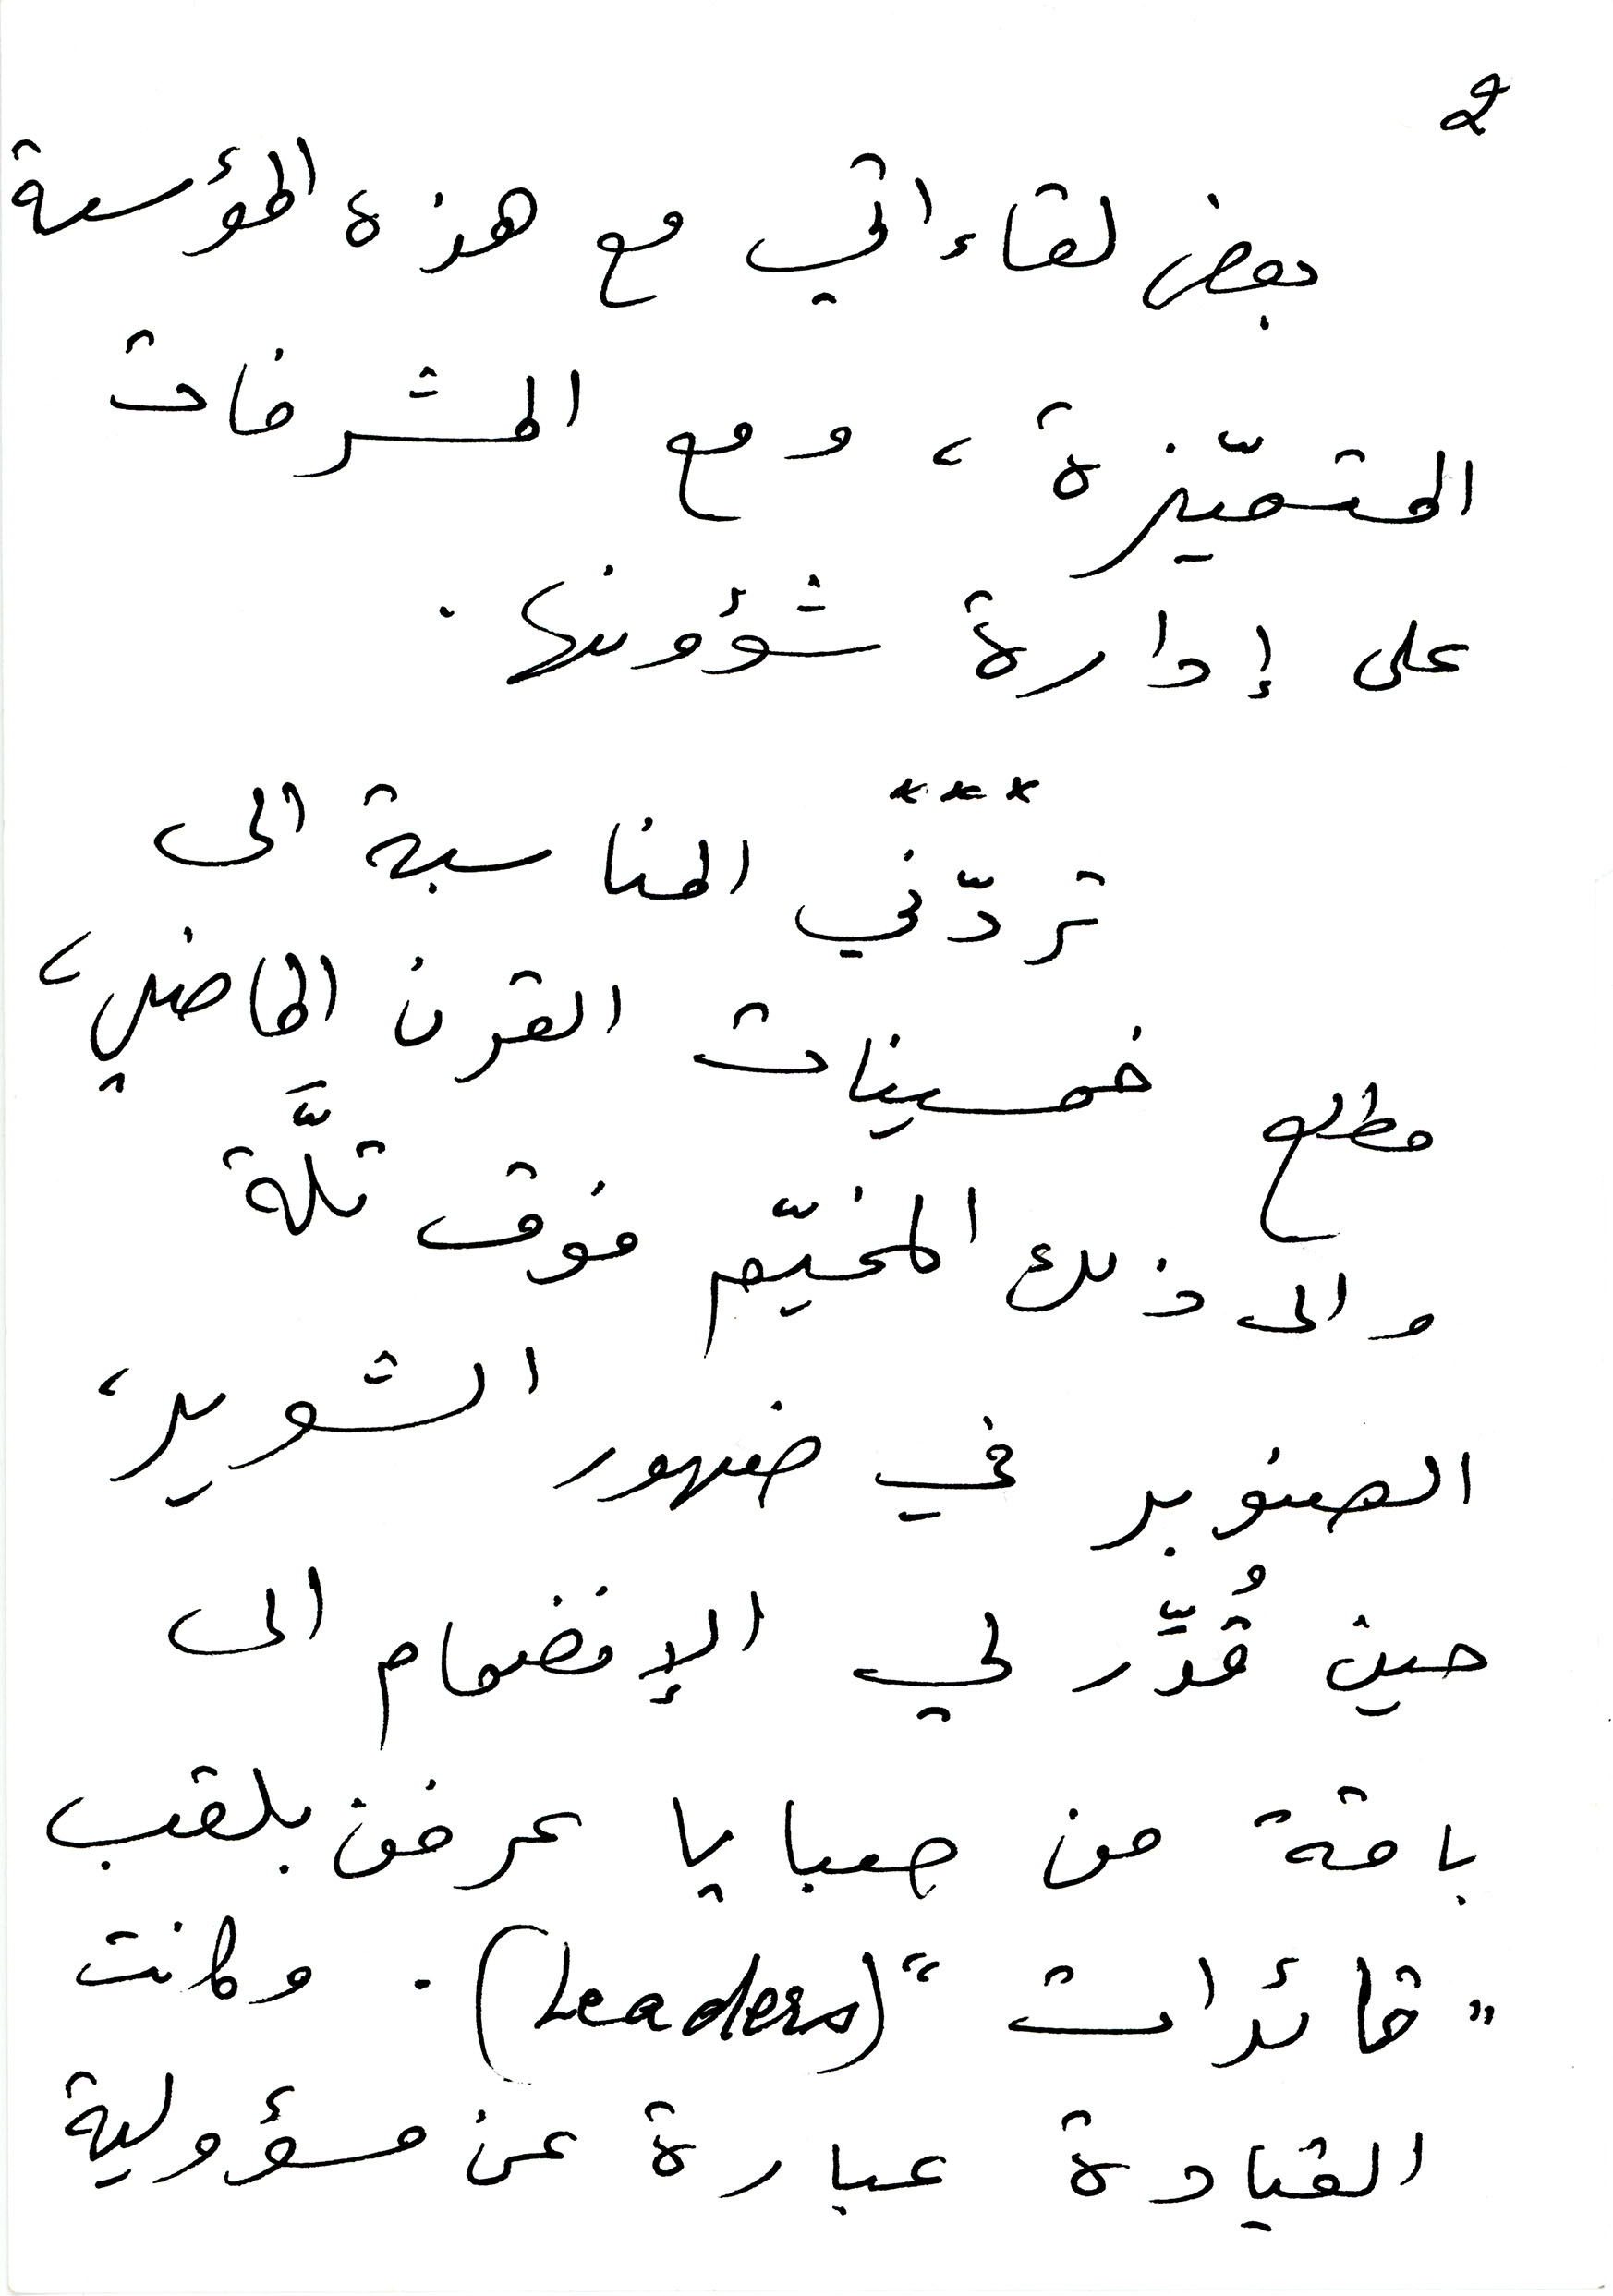
بعض لقاءاتي مع هذه المؤسسة
المتمّيزة، ومع المشرفات
2
على إدارة شؤونها.
تردّني المناسبة الى
مطلع خمسينات القرن الماضي،
والى ذلك المخيّم فوق تلَّة
الصنوبر في ضهور الشوير،
حين قُدّر لي الإنضمام الى
باقة من صبايا عرفن بلقب
" قائدات " (Leaders). وكانت
القيادة عبارة عن مسؤولية